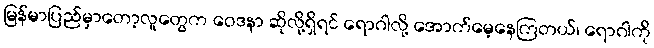
မြန်မာပြည်မှာတော့လူတွေက ဝေဒနာ ဆိုလို့ရှိရင် ရောဂါလို့ အောက်မေ့နေကြတယ်၊ ရောဂါကို